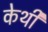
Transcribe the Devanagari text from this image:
केथी